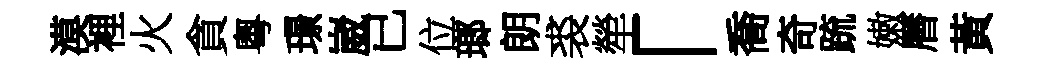
漠裡火貪粵璟崴已位瑯朗裘犖「喬奇䟽嫩曆黃